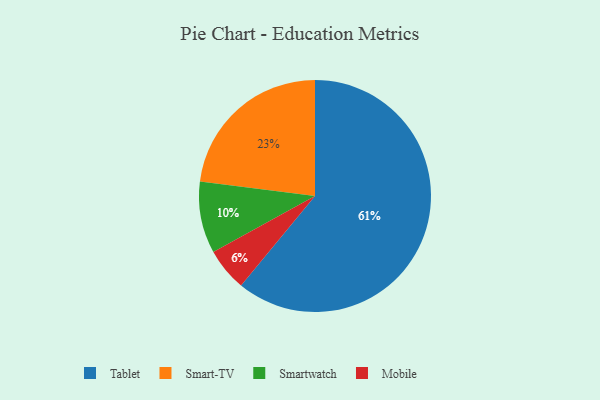
{"axis": {"x": "Category", "y": "Percentage"}, "legend": ["Mobile", "Smart-TV", "Smartwatch", "Tablet"], "data": [{"x": "Mobile", "y": 6, "type": "Mobile"}, {"x": "Tablet", "y": 61, "type": "Tablet"}, {"x": "Smart-TV", "y": 23, "type": "Smart-TV"}, {"x": "Smartwatch", "y": 10, "type": "Smartwatch"}]}